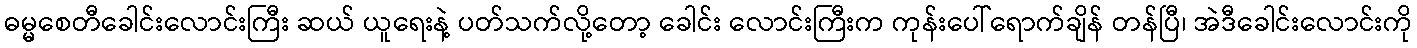
ဓမ္မစေတီခေါင်းလောင်းကြီး ဆယ် ယူရေးနဲ့ ပတ်သက်လို့တော့ ခေါင်း လောင်းကြီးက ကုန်းပေါ်ရောက်ချိန် တန်ပြီ၊ အဲဒီခေါင်းလောင်းကို